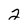
Character: 2